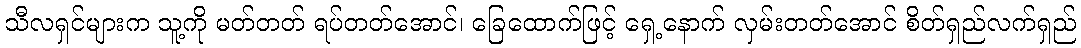
သီလရှင်များက သူ့ကို မတ်တတ် ရပ်တတ်အောင်၊ ခြေထောက်ဖြင့် ရှေ့နောက် လှမ်းတတ်အောင် စိတ်ရှည်လက်ရှည်